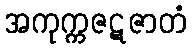
အကုက္ကဇဋဇာတံ